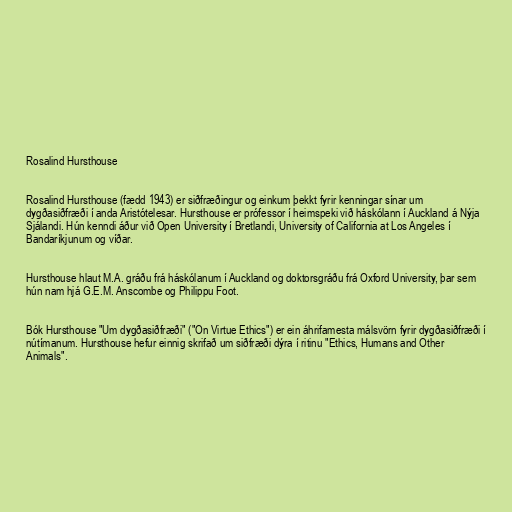
Rosalind Hursthouse

Rosalind Hursthouse (fædd 1943) er siðfræðingur og einkum þekkt fyrir kenningar sínar um
dygðasiðfræði í anda Aristótelesar. Hursthouse er prófessor í heimspeki við háskólann í Auckland á Nýja
Sjálandi. Hún kenndi áður við Open University í Bretlandi, University of California at Los Angeles í
Bandaríkjunum og víðar.

Hursthouse hlaut M.A. gráðu frá háskólanum í Auckland og doktorsgráðu frá Oxford University, þar sem
hún nam hjá G.E.M. Anscombe og Philippu Foot.

Bók Hursthouse "Um dygðasiðfræði" ("On Virtue Ethics") er ein áhrifamesta málsvörn fyrir dygðasiðfræði í
nútímanum. Hursthouse hefur einnig skrifað um siðfræði dýra í ritinu "Ethics, Humans and Other
Animals".